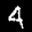
Label: 4